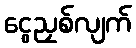
ငွေညှစ်လျက်